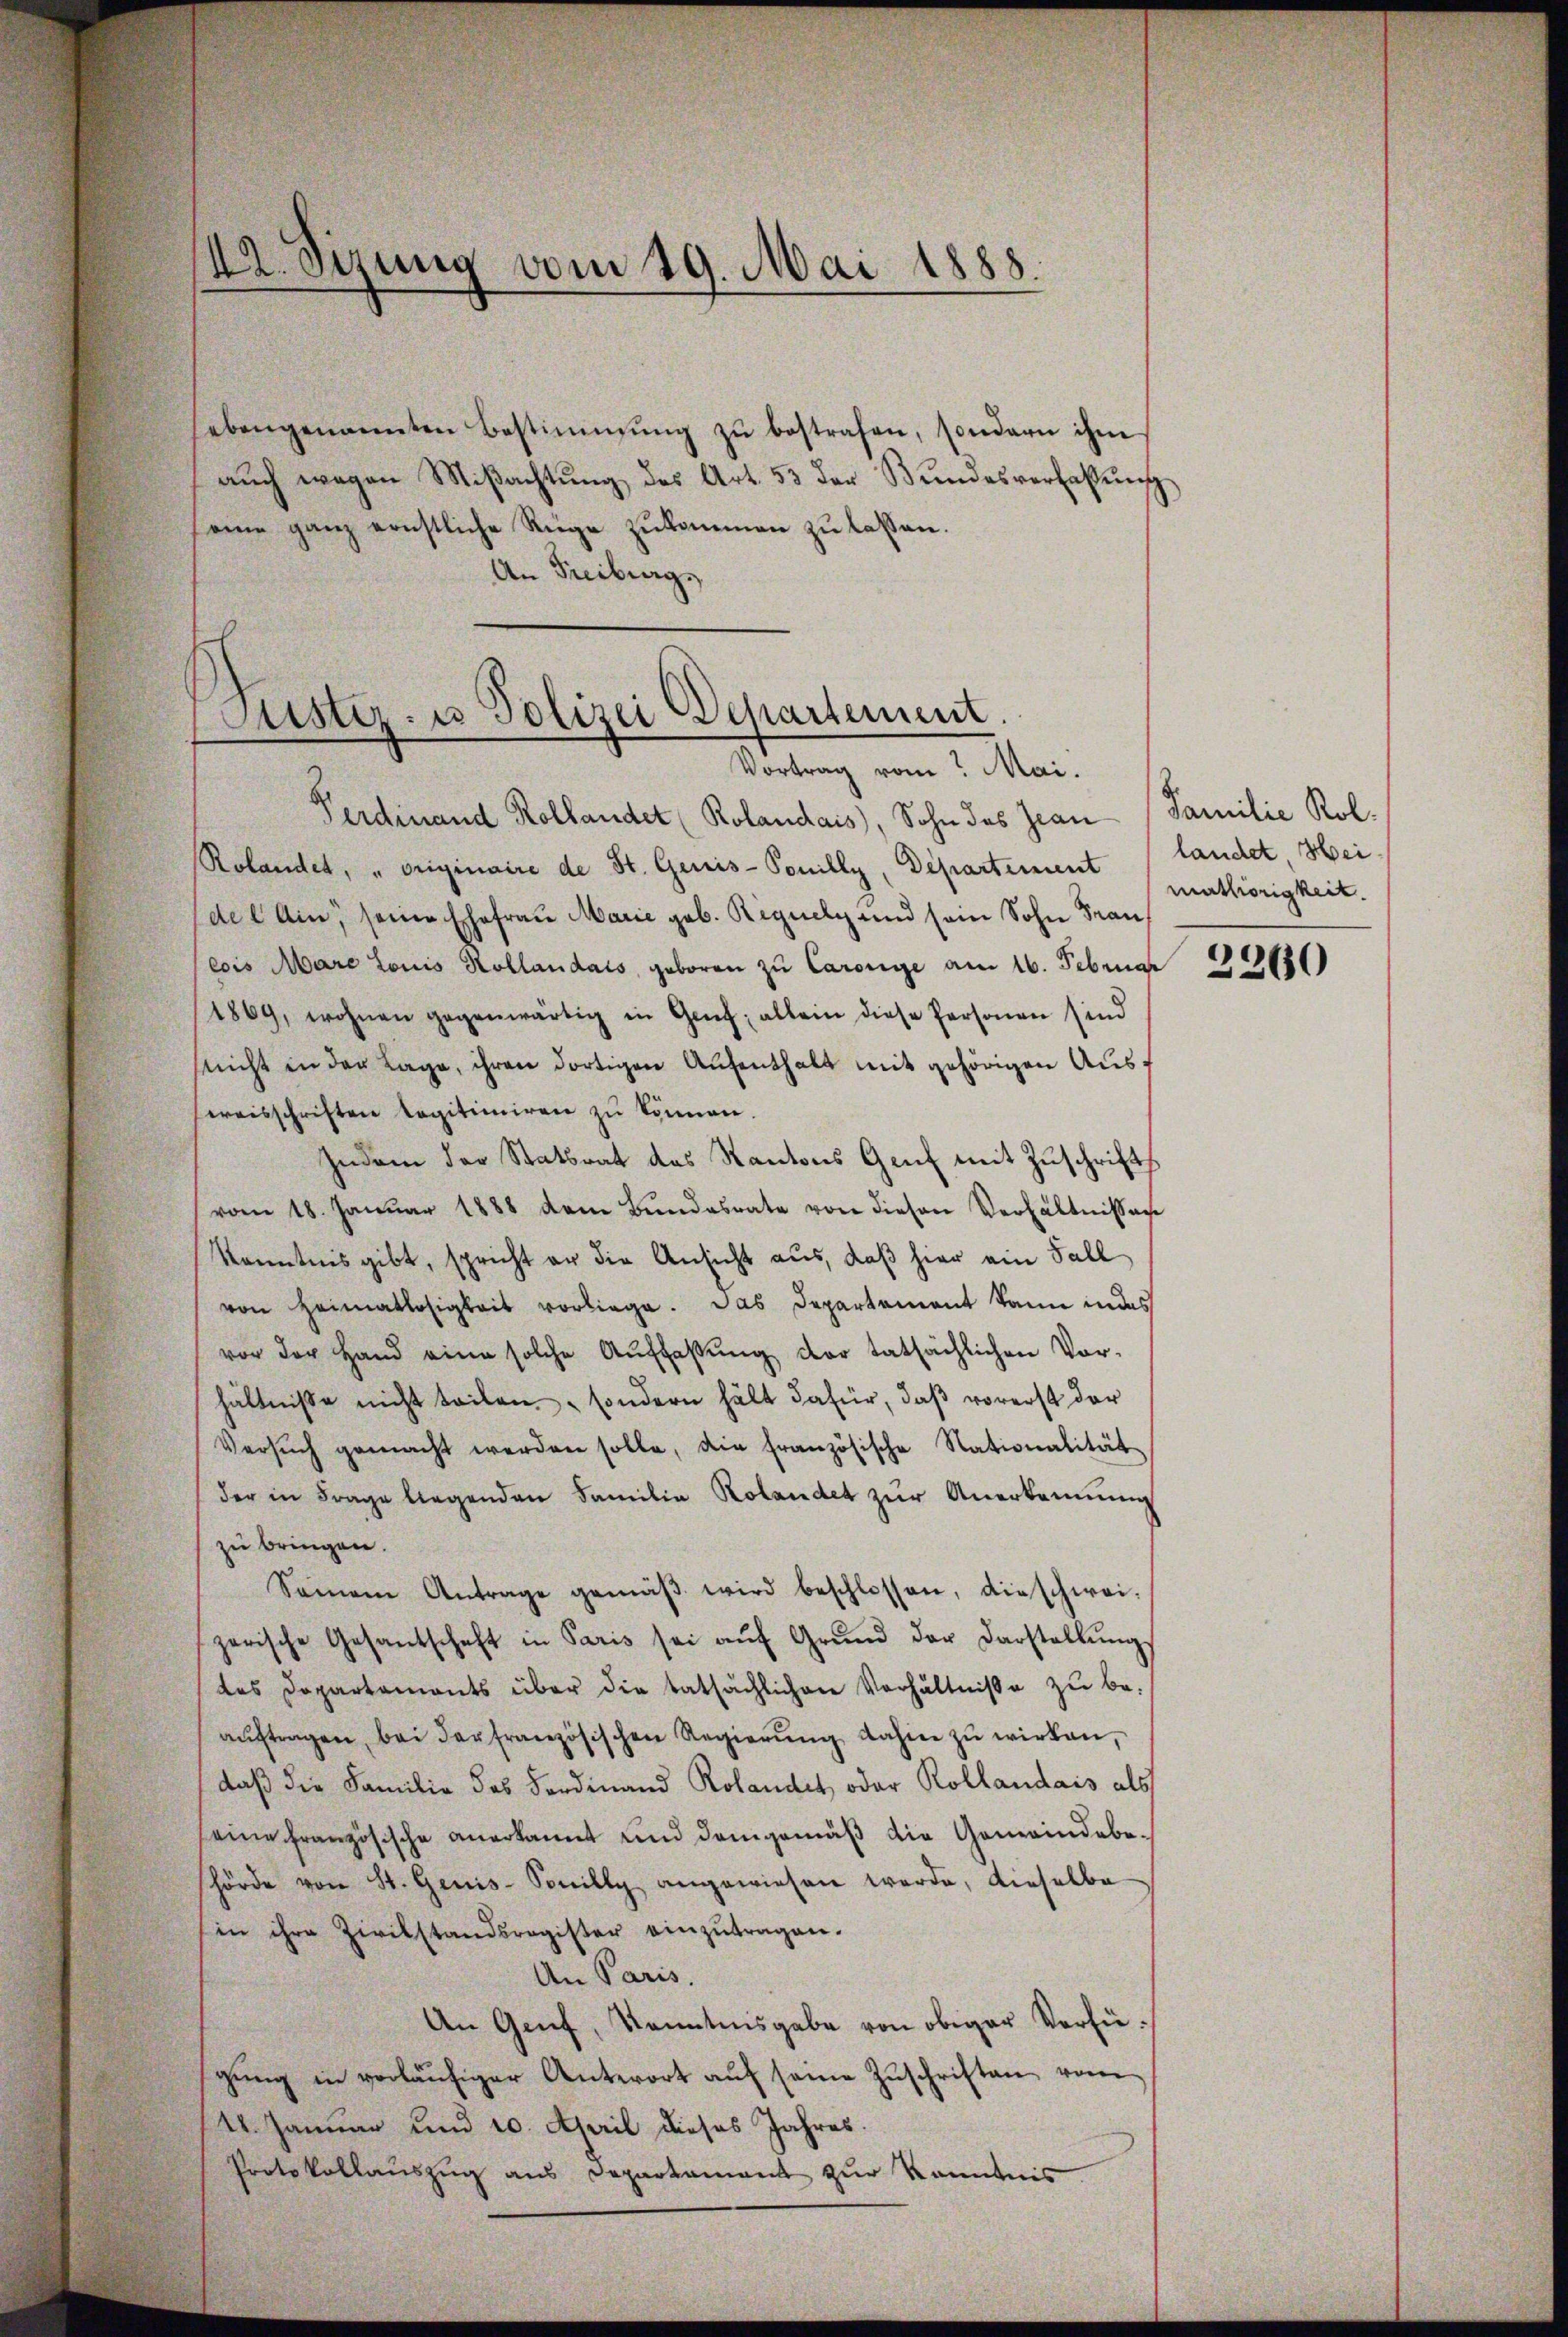
42. Sizung vom 19. Mai 1888.

ebengenannten Bestimmung zŭ bestrafen, sondern ihm
aŭch wegen Miβachtŭng des Art. 53 der Bundesverfassŭng
seine ganz ernstliche Rüge zŭkommen zŭ lassen.
An Freiburg,

Justiz- u Polizei Departement.
Vortrag vom Mai.

Ferdinand Kollandet (Rolandais, Sohn des Jean Familie Rol.
Rolandet, „originaire de St. Genis-Ponilly, Departement (mathörigkeit.
del Ain seine Ehefrau Marie geb. Riguely und sein Sohn Frau
eois Mare Louis Kollandats, geboren zŭ Carenge am 16. Februar 22680.
1869, wohnen gegenwärtig in Genf; allein diese Personen sind
snicht in der Lage, ihren dortigen Aufenthalt mit gehörigen Auseraisschriften tagitimiren zu können.
Zudem der Statsrat des Kantons Genf mit Zuschrifts
vom 18. Janŭar 1888 dem Bŭndesrate von diesen Verhältnissache
Kenntnis gibt, spricht er die Ansicht aus, daβ hier ein Fall
von Heimatlosigkeit vorliege. Das Departement kann in des
vor der Hand eine solche Aŭffaβŭng der tatsächlichen Vor-
hältnisse nicht teilen, sondern hält dafür, daß vorerst der
Versŭch gemacht werden solle, die französische Stationalität
der in Frage liegenden Familie Rolandet zur Anerkennung
zu bringen.
Samen Antrage gemäβ wird beschlossen, die schwei-
zerische Gesantschaft in Paris sei aŭf Grŭnd der Darstellŭng
des Departaments über die tatsächlichen Verhältnisse zŭ be-
aŭftragen, bei der französischen Regierŭng dahin zŭ wirken,
daß die Familie des Fordinand Rolandet oder Kollaudais als
seine französische anerkannt und demgemäß die Gemeindebehörde von St. Genis-Sonilly angewiesen werde, dieselbe
sin ihre Zivilstandsregister einzŭtragen.
An Paris.
An Genf, Kenntnisgabe von obiger Verfügung in vorläufiger Unterort auf seine Zuschriften vom
18. Januar und 10. April dieses Jahres
Protokollauszug aus Departament zur Kenntnis

landet, Hei¬